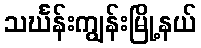
သင်္ဃန်းကျွန်းမြို့နယ်